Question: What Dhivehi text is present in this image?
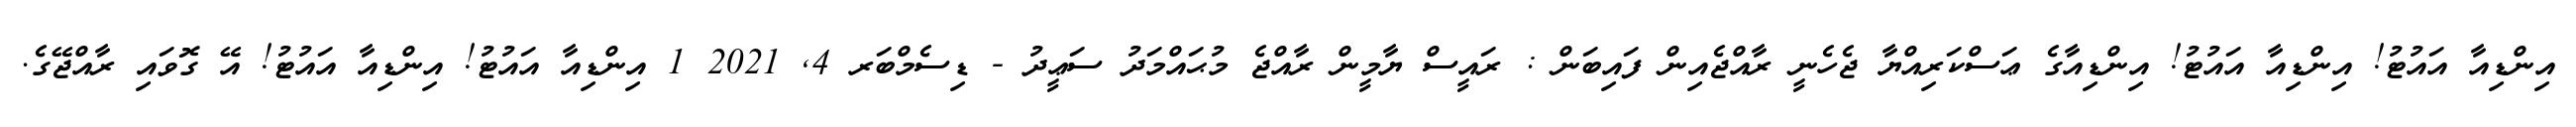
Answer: އިންޑިއާ އައުޓު! އިންޑިއާ އައުޓު! އިންޑިއާގެ ޢަސްކަރިއްޔާ ޖެހެނީ ރާއްޖެއިން ފައިބަން : ރައީސް ޔާމީން ރާއްޖެ މުޙައްމަދު ސަޢީދު - ޑިސެމްބަރ 4, 2021 1 އިންޑިއާ އައުޓު! އިންޑިއާ އައުޓު! އޭ ގޮވައި ރާއްޖޭގެ.